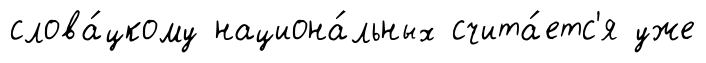
слова́цкому национа́льных счита́етс'я уже